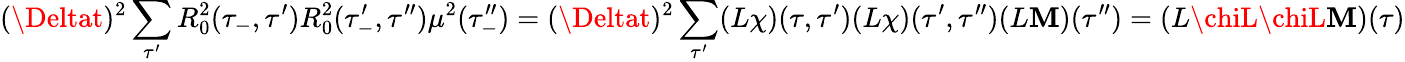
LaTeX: (\Deltat)^{2}\sum_{\tau^{\prime}}R_{0}^{2}(\tau_{-},\tau^{\prime})R_{0}^{2}(\tau_{-}^{\prime},\tau^{\prime\prime})\mu^{2}(\tau_{-}^{\prime\prime})=(\Deltat)^{2}\sum_{\tau^{\prime}}(L\chi)(\tau,\tau^{\prime})(L\chi)(\tau^{\prime},\tau^{\prime\prime})(L\mathbf{M})(\tau^{\prime\prime})=(L\chiL\chiL\mathbf{M})(\tau)